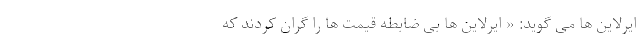
ایرلاین ها می گوید: « ایرلاین ها بی ضابطه قیمت ها را گران کردند که